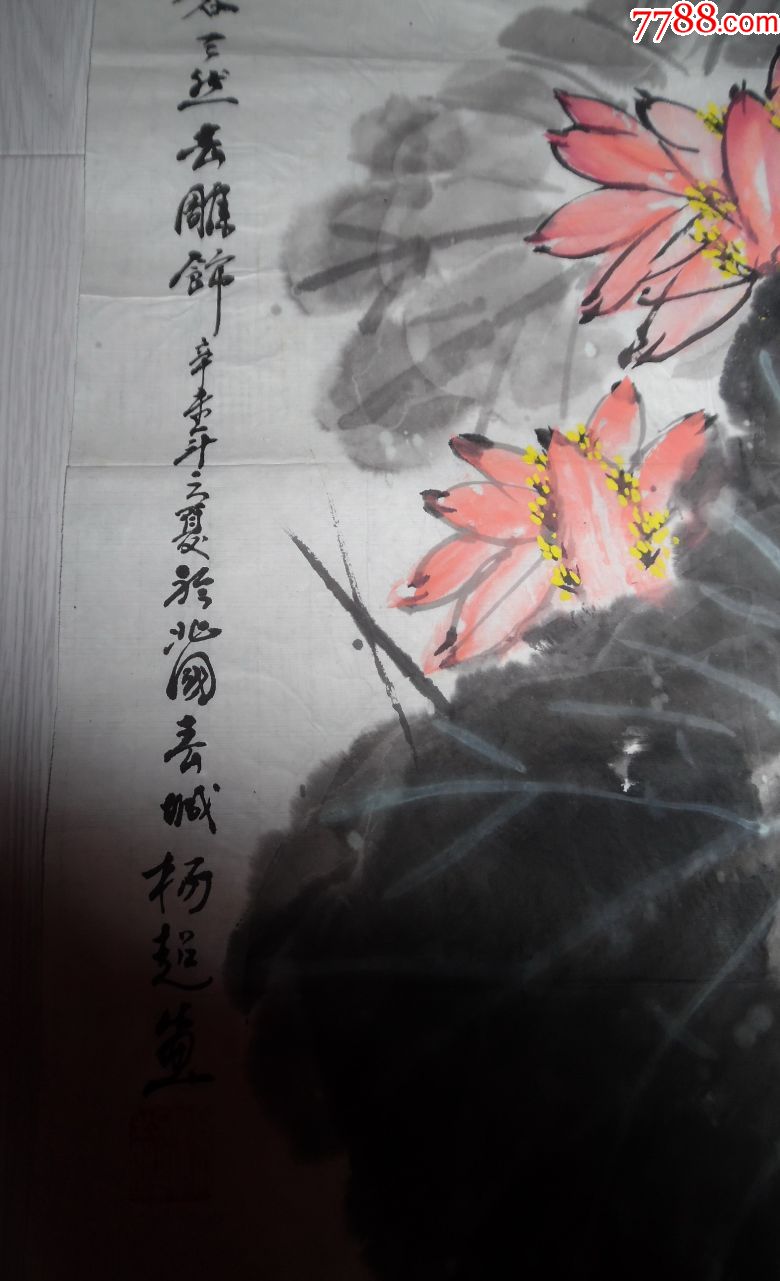
清水出芙蓉，天然去雕饰。